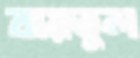
বায়তুল